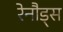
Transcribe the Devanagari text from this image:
रेनौड्स